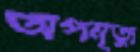
অপমৃত্যু